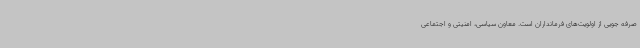
صرفه جویی از اولویت‌های فرمانداران است. معاون سیاسی، امنیتی و اجتماعی